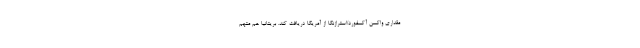
مقداری واکسن آکسفورد/استرازنکا از آمریکا دریافت کند. بریتانیا هم متهم